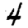
Digit: 4